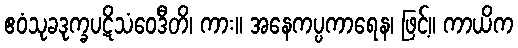
ဧဝံသုခဒုက္ခပဋိသံဝေဒီတိ၊ ကား။ အနေကပ္ပကာရေန၊ ဖြင့်။ ကာယိက